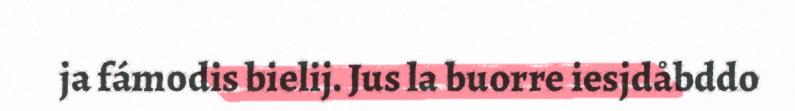
ja fámodis bielij. Jus la buorre iesjdåbddo